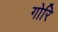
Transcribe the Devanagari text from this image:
गोरि